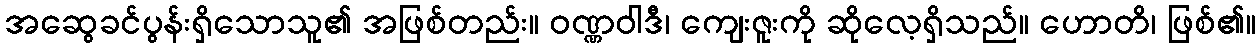
အဆွေခင်ပွန်းရှိသောသူ၏ အဖြစ်တည်း။ ဝဏ္ဏဝါဒီ၊ ကျေးဇူးကို ဆိုလေ့ရှိသည်။ ဟောတိ၊ ဖြစ်၏။